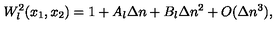
W _ { l } ^ { 2 } ( x _ { 1 } , x _ { 2 } ) = 1 + A _ { l } \Delta n + B _ { l } \Delta n ^ { 2 } + O ( \Delta n ^ { 3 } ) ,